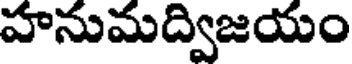
హనుమద్విజయం